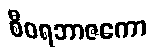
စီဝရဘာဇကော